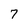
Character: 7